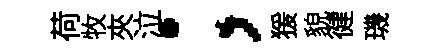
荷牧夾泣；猨貌徤璣